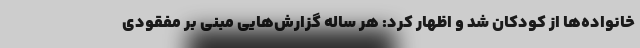
خانواده‌ها از کودکان شد و اظهار کرد: هر ساله گزارش‌هایی مبنی بر مفقودی